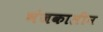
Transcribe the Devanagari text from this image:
भंजकालीन